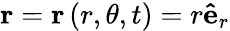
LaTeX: \mathbf{r}=\mathbf{r}\left(r,\theta,t\right)=r\mathbf{\hat{e}}_{r}